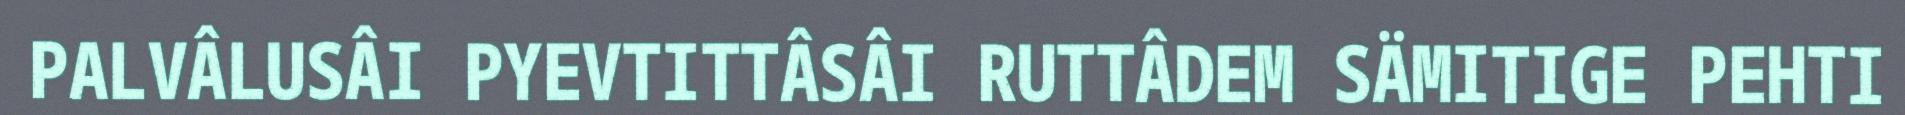
PALVÂLUSÂI PYEVTITTÂSÂI RUTTÂDEM SÄMITIGE PEHTI